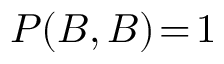
P ( B , B ) \! = \! 1